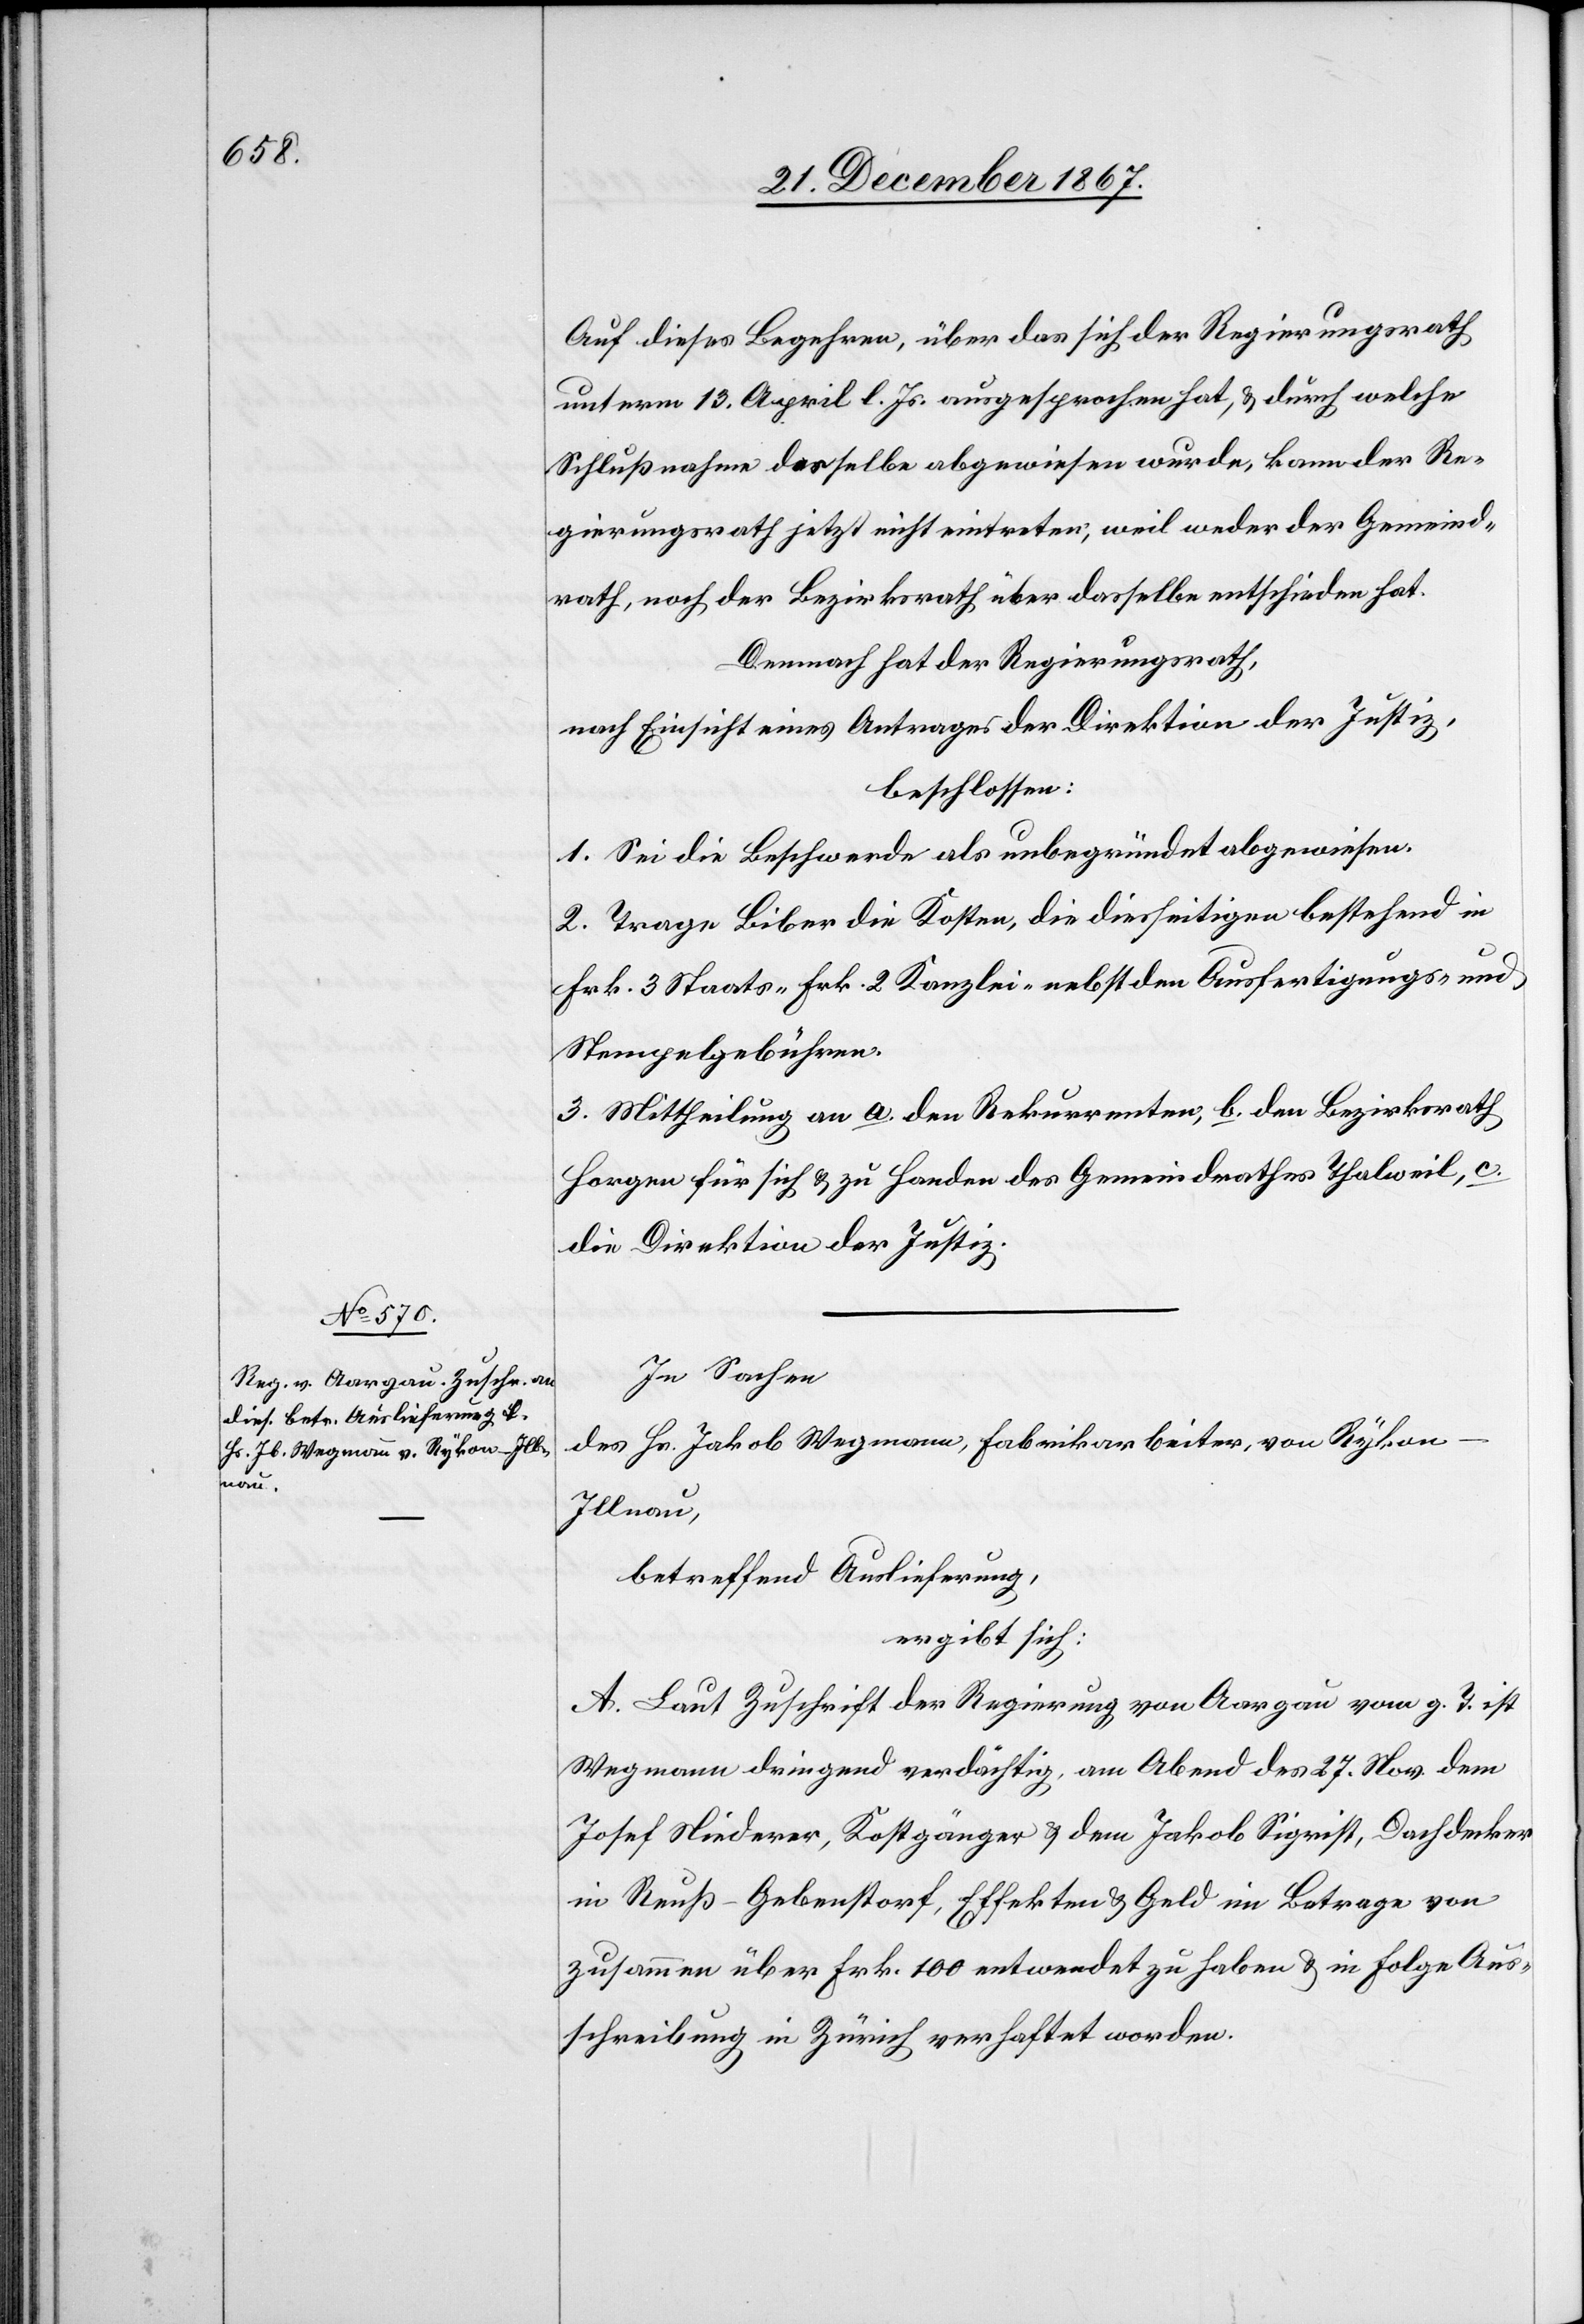
Auf dieses Begehren, übe das sich der Regierungsrath
unterm 13. April l. Js. ausgesprochen hat, u. durch welche
Schlußnahme dasselbe abgewiesen wurde, kann der Re¬
gierungsrath jetzt nicht eintreten, weil weder der Gemeind¬
rath, noch der Bezirksrath über dasselbe entschieden hat.
Demnach hat der Regierungsrath,
nach Einsicht eines Antrages der Direktion der Justiz,
beschlossen:
1. Sei die Beschwerde als unbegründet abgewiesen.
2. Trage Biber die Kosten, die diesseitigen bestehend in
Frk. 3 Staats-[,] Frk. 2 Kanzlei- nebst den Ausfertigungs- und
Stempelgebühren.
3. Mittheilung an a. den Rekurrenten, b. den Bezirksrath
Horgen für sich u. zu Handen des Gemeindrathes Thalweil, c.
die Direktion der Justiz.
In Sachen
des Hs. Jakob Wegmann, Fabrikarbeiter, von Ryko¬
n-Illnau,
betreffend Auslieferung,
ergibt sich:
A. Laut Zuschrift der Regierung von Aargau vom g. T. ist
Wegmann dringend verdächtig, am Abend des 27. Nov dem
Josef Niederer, Kostgänger u. dem Jakob Sigrist, Dachdecker
in Reuß-Gebenstorf, Effekten u. Geld im Betrage von
zusammen über Frk. 100 entwendet zu haben u. in Folge Aus¬
schreibung in Zürich verhaftet worden.